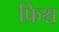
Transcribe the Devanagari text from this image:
फ्रिश्च